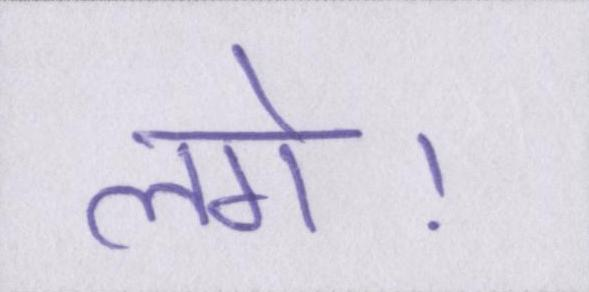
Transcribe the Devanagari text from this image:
लगे।